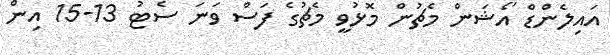
އައިލެންޑް އޯޝަން މެޗުން މޮޅުވީ މެޗުގެ ފަސް ވަނަ ސެޓު 13-15 އިން